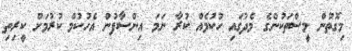
މިގޮތުން މީސްތަކުންގެ މެދުގައި ހުކުމެއް ކުރާ ނަމަ އިންސާފުން އެހުކުމް ކުރުމަށް ކީރިތި